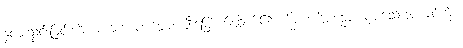
နှလုံးသွင်းခြင်းကို။ ပဂ္ဂဟေတဗ္ဗော၊ ချီးမြှောက်ထိုက်၏။ မိစ္ဆာပဋိပန္နော၊ မှားသောအကျင့်ကို။